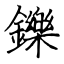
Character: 鑠